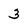
Character: 3